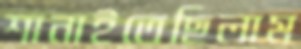
শানাইতেছিলাম